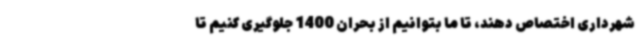
شهرداری اختصاص دهند، تا ما بتوانیم از بحران 1400 جلوگیری کنیم تا